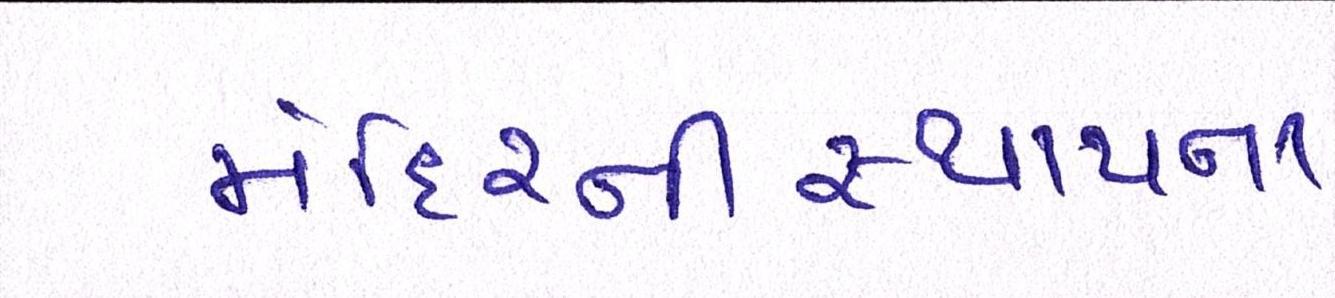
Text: મંદિરનીસ્થાપના